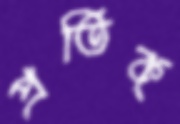
প্রতিক্